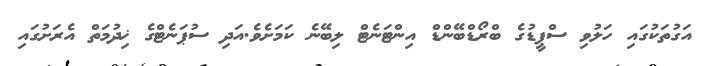
އަގުތަކުގައި ހަލުވި ސްޕީޑުގެ ބްރޯޑްބޭންޑް އިންޓަނެޓް ލިބޭނެ ކަމަށެވެ.އަދި ސުޕަނެޓްގެ ޚިދުމަތް އެރަށުގައި